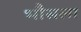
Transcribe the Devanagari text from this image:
भौसला